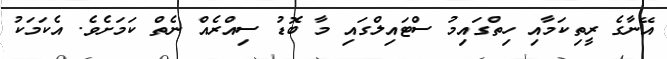
އޭނާގެ ރީތިކަމާއި ހިތްގައިމު ސްޓައިލްގައި މާ ބޮޑު ސިއްރެއް ނެތް ކަމަށެވެ. އެކަމަކު